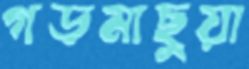
গড়মাছুয়া